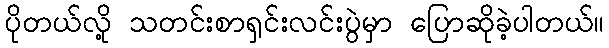
ပိုတယ်လို့ သတင်းစာရှင်းလင်းပွဲမှာ ပြောဆိုခဲ့ပါတယ်။